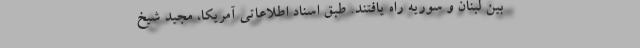
بین لبنان و سوریه راه یافتند. طبق اسناد اطلاعاتی آمریکا، مجید شیخ